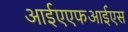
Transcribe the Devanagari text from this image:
आईएएफआईएस